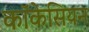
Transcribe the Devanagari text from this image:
कॉकेसियन